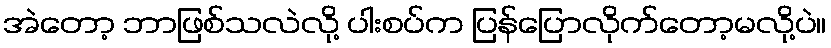
အဲတော့ ဘာဖြစ်သလဲလို့ ပါးစပ်က ပြန်ပြောလိုက်တော့မလို့ပဲ။